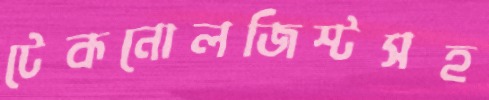
টেকনোলজিস্টসহ